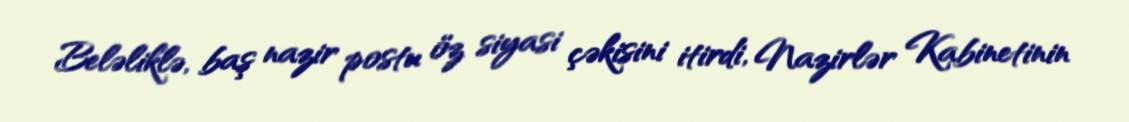
Beləliklə, baş nazir postu öz siyasi çəkisini itirdi, Nazirlər Kabinetinin